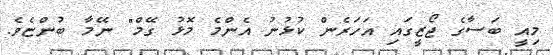
މިއީ ބަސާގެ ޖޯޒީގައި އަހަރެން ކުޅުނު އެންމެ މޮޅު ގޭމް" ނޭމާ ބުންޏެވެ.